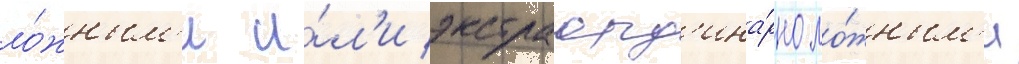
ло́жным'и и́л'и экстраорд'ина́рно ло́жным'и